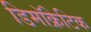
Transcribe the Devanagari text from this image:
डिमॉक्रेटिक